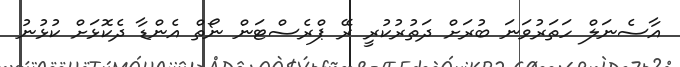
އާސެނަލް ހަތަރުވަނަ ބުރަށް ދަތުރުކުރީ ރޭ ޕްރެސްޓަން ނޯތް އެންޑާ ދެކޮޅަށް ކުޅުނު